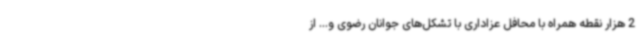
2 هزار نقطه همراه با محافل عزاداری با تشکل‌های جوانان رضوی و... از